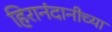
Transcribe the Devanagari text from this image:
हिरानंदानीच्या